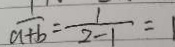
\frac { 1 } { a + b } = - \frac { 1 } { 2 - 1 } = 1